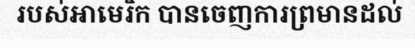
របស់អាមេរិក បានចេញការព្រមានដល់